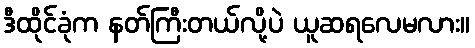
ဒီထိုင်ခုံက နတ်ကြီးတယ်လို့ပဲ ယူဆရလေမလား။